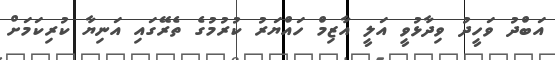
އަބްދު ވަހީދު ވިދާޅުވީ އަލީ އާޒިމް ހައްޔަރު ކުރުމުގެ ތެރޭގައި އަނިޔާ ކުރިކަމަށް